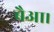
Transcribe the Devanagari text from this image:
बैआ।